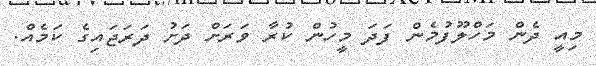
މިއީ ދެން މަހްލޫފުމެން ފަދަ މީހުން ކުރާ ވަރަށް ދަށު ދަރަޖައިގެ ކަމެއް.